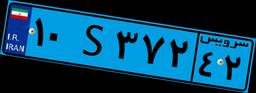
۱۰S۳۷۲۴۲